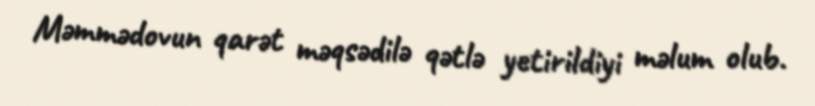
Məmmədovun qarət məqsədilə qətlə yetirildiyi məlum olub.